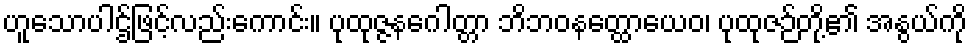
ဟူသောပါဌ်ဖြင့်လည်းကောင်း။ ပုထုဇ္ဇနဂေါတ္တာ ဘိဘဝနတ္ထောယေဝ၊ ပုထုဇဉ်တို့၏ အနွယ်ကို